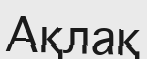
Ақлақ